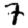
Digit: 7